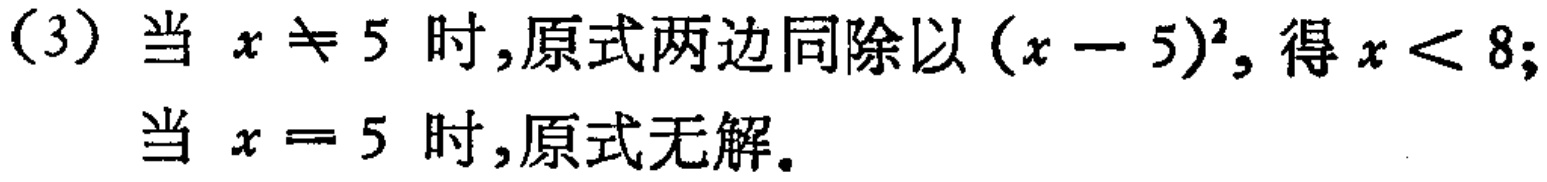
(3) 当 \(x \neq 5\) 时,原式两边同除以 \((x - 5)^2\), 得 \(x < 8\);
当 \(x = 5\) 时,原式无解。